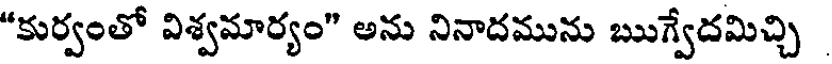
"కుర్వంతో విశ్వమార్యం" అను నినాదమును ఋగ్వేదమిచ్చి